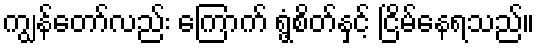
ကျွန်တော်လည်း ကြောက် ရွံ့စိတ်နှင့် ငြိမ်နေရသည်။